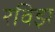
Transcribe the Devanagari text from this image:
रविझ